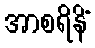
အာစရိနိံ